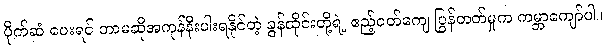
ပိုက်ဆံ ပေးရင် ဘာမဆိုအကုန်နီးပါးရနိုင်တဲ့ ခွန်ထိုင်းတို့ရဲ့ ဧည့်ဝတ်ကျေ ပြွန်တတ်မှုက ကမ္ဘာကျော်ပါ။